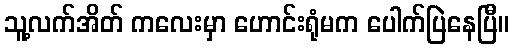
သူ့လက်အိတ် ကလေးမှာ ဟောင်းရုံမက ပေါက်ပြဲနေပြီ။